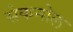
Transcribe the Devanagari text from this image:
सेकनोल